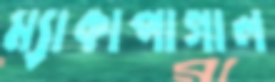
ম্যাকাপাগাল